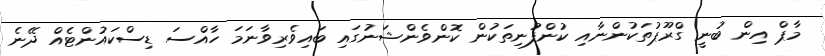
މާޕް އިން ބުނީ ގްރޫޕުތަކުންނާއި ކުންފުނިތަކުން ކޮންވެންޝަނުގައި ބައިވެރިވާނަމަ ހާއްސަ ޑިސްކައުންޓެއް ދޭނެ